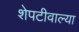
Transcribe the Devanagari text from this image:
शेपटीवाल्या